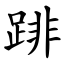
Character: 䠊